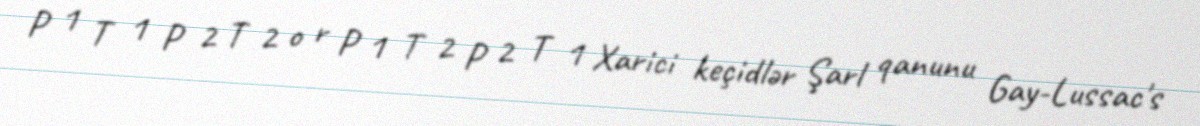
P 1 T 1 P 2 T 2 o r P 1 T 2 P 2 T 1 Xarici keçidlər Şarl qanunu Gay-Lussac's